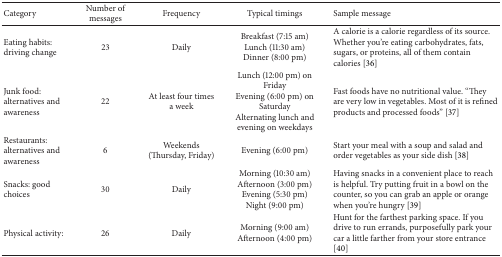
| Category | Number of messages | Frequency | Typical timings | Sample message |
 | --- | --- | --- | --- | --- |
 | Eating habits: driving change | 23 | Daily | Breakfast (7:15 am)Lunch (11:30 am)Dinner (8:00 pm) | A calorie is a calorie regardless of its source. Whether you're eating carbohydrates, fats, sugars, or proteins, all of them contain calories [36] |
 | Junk food: alternatives and awareness | 22 | At least four times a week | Lunch (12:00 pm) on FridayEvening (6:00 pm) on SaturdayAlternating lunch and evening on weekdays | Fast foods have no nutritional value. “They are very low in vegetables. Most of it is refined products and processed foods” [37] |
 | Restaurants: alternatives and awareness | 6 | Weekends (Thursday, Friday) | Evening (6:00 pm) | Start your meal with a soup and salad and order vegetables as your side dish [38] |
 | Snacks: good choices | 30 | Daily | Morning (10:30 am)Afternoon (3:00 pm)Evening (5:30 pm)Night (9:00 pm) | Having snacks in a convenient place to reach is helpful. Try putting fruit in a bowl on the counter, so you can grab an apple or orange when you're hungry [39] |
 | Physical activity: | 26 | Daily | Morning (9:00 am)Afternoon (4:00 pm) | Hunt for the farthest parking space. If you drive to run errands, purposefully park your car a little farther from your store entrance [40] |